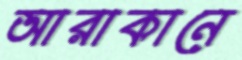
আরাকানে